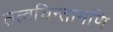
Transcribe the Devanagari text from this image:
तत्वचिन्तामणि